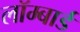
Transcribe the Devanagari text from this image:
लॉम्बार्ड